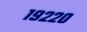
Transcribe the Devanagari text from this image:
१९२२०